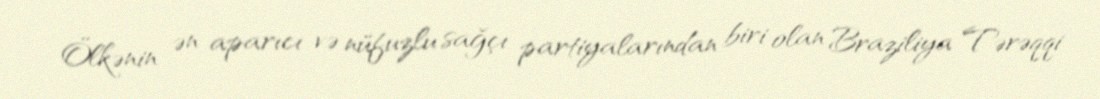
Ölkənin ən aparıcı və nüfuzlu sağçı partiyalarından biri olan Braziliya Tərəqqi